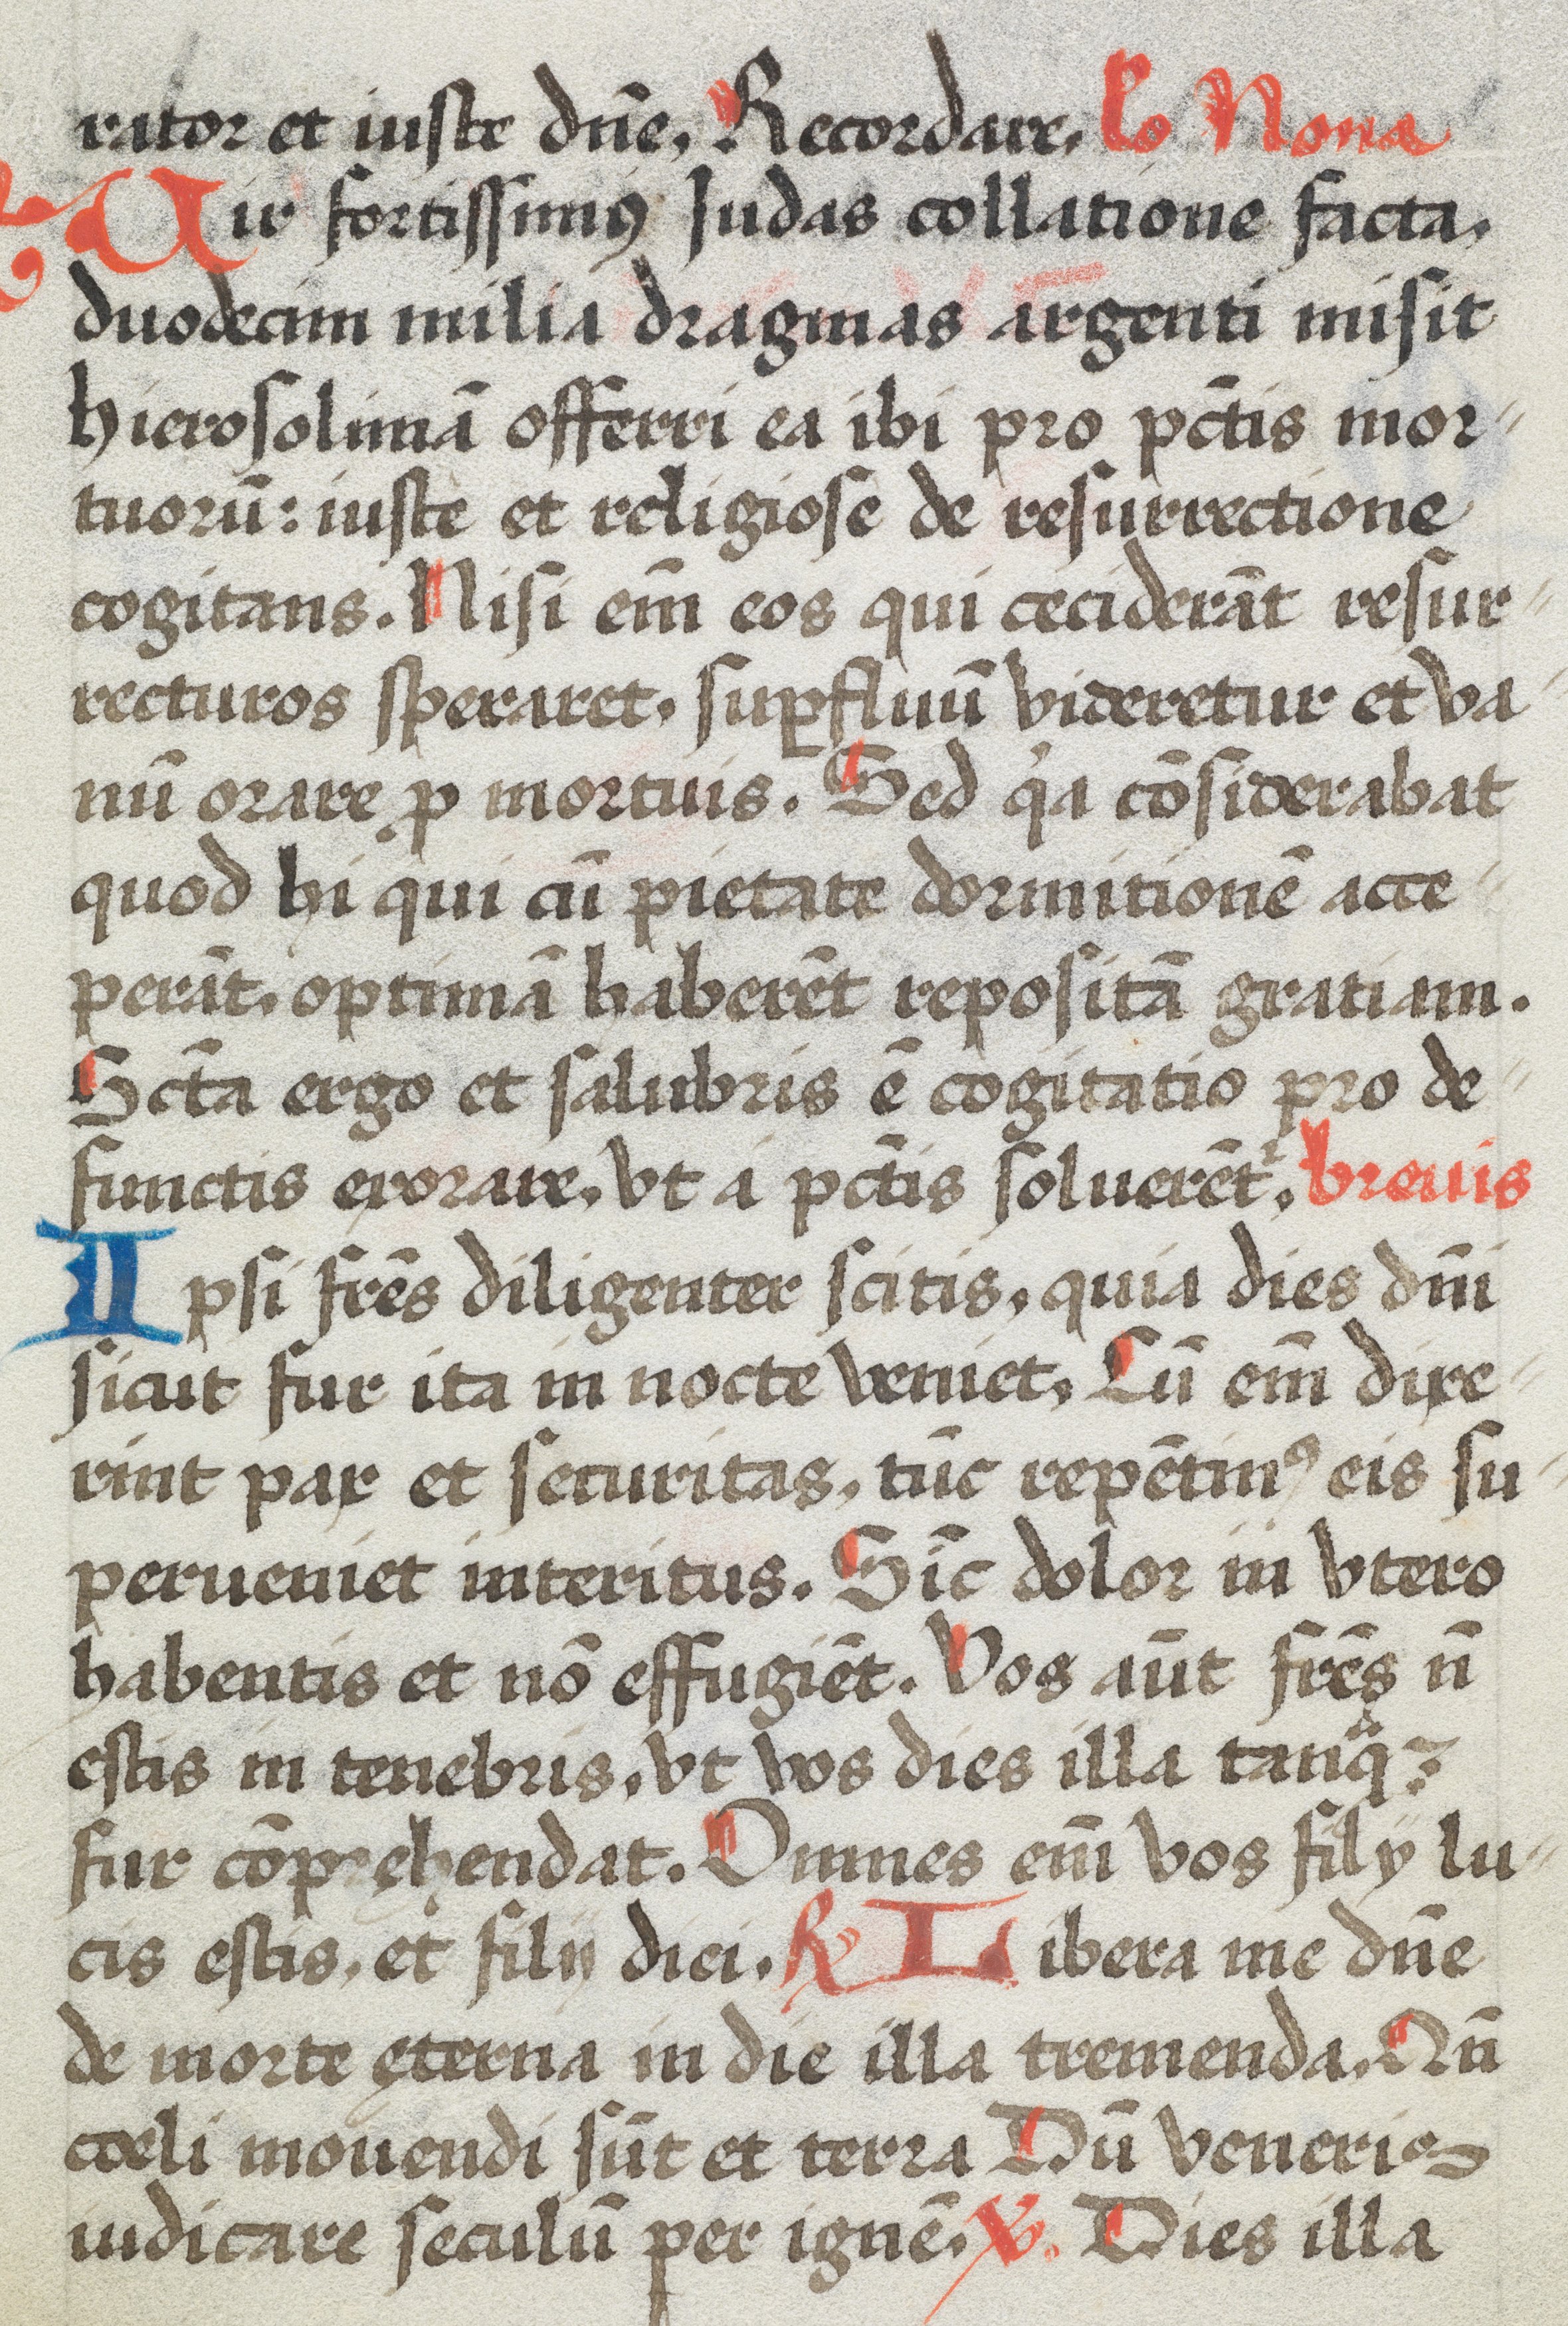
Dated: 1574–1574